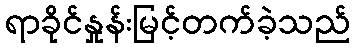
ရာခိုင်နှုန်းမြင့်တက်ခဲ့သည်